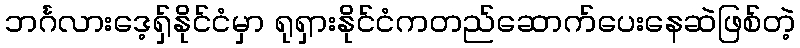
ဘင်္ဂလားဒေ့ရှ်နိုင်ငံမှာ ရုရှားနိုင်ငံကတည်ဆောက်ပေးနေဆဲဖြစ်တဲ့